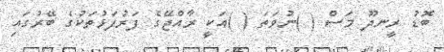
ބޮޑު ރީނދޫ މަސް ( )ނުވަތަ ( )އަކީ ރާއްޖޭގެ ފަރުފަޅުތަކުގެ ބޭރުގައި